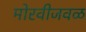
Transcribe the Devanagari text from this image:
मोरवीजवळ